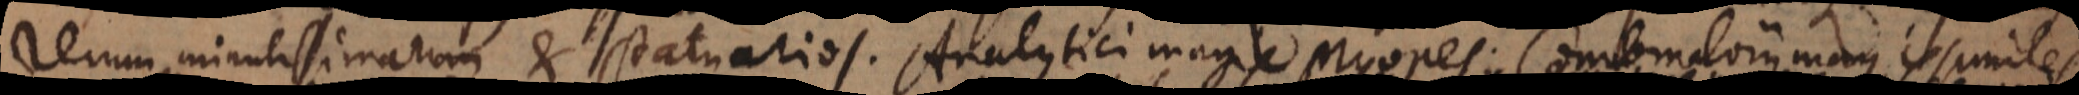
rerum minutissimarum et statuarios. Analytici magis Myopes; Combinatorii magi